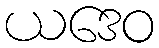
ယဒေဝ